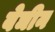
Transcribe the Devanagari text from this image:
बेञीन